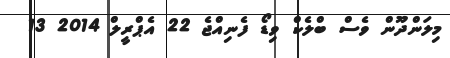
މިލަންދޫން ވެސް ބްލެކް ވިޑޯ ފެނިއްޖެ 22 އެޕްރީލް 2014 13